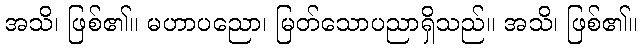
အသိ၊ ဖြစ်၏။ မဟာပညော၊ မြတ်သောပညာရှိသည်။ အသိ၊ ဖြစ်၏။